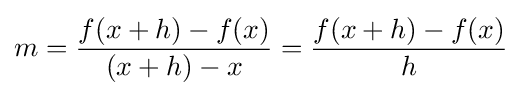
m={\frac {f(x+h)-f(x)}{(x+h)-x}}={\frac {f(x+h)-f(x)}{h}}